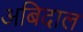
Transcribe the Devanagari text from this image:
अबिदाल